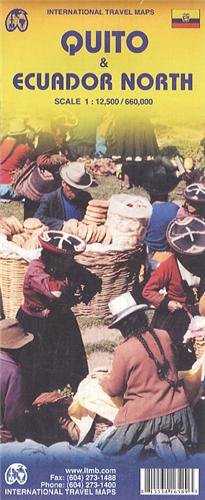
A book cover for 1. Quito & Ecuador North Travel Reference Map 1:12,500/660,000 (International Travel Maps); International Travel maps; Travel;